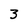
Character: 3